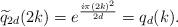
LaTeX: \begin{align*}\widetilde{q}_{2d}(2k)=e^{\frac{i\pi (2k)^2}{2d}}=q_d(k). \end{align*}